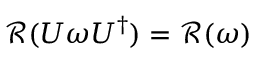
\mathcal { R } ( U \omega U ^ { \dagger } ) = \mathcal { R } ( \omega )